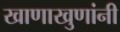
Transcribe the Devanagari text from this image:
खाणाखुणांनी